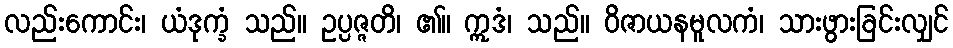
လည်းကောင်း၊ ယံဒုက္ခံ သည်။ ဥပ္ပဇ္ဇတိ၊ ၏။ ဣဒံ၊ သည်။ ဝိဇာယနမူလကံ၊ သားဖွားခြင်းလျှင်